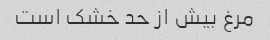
مرغ بیش از حد خشک است